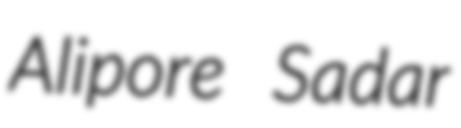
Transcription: Alipore Sadar